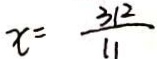
x = \frac { 3 1 2 } { 1 1 }